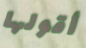
أقولها